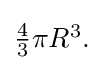
{\textstyle {{\frac {4}{3}}\pi R^{3}}.}